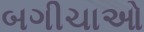
બગીચાઓ